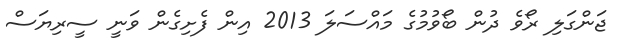
ޖަންގަލި ރޯވެ ދުން ބޯވުމުގެ މައްސަލަ 2013 އިން ފެށިގެން ވަނީ ސީރިޔަސް